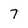
Character: 7